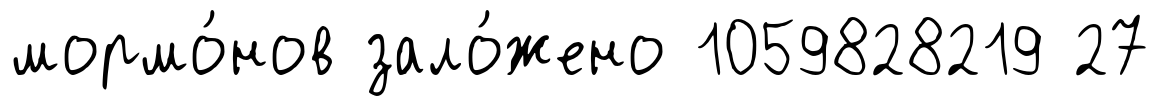
мормо́нов зало́жено 1059828219 27